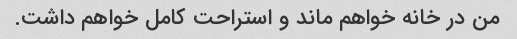
من در خانه خواهم ماند و استراحت کامل خواهم داشت.